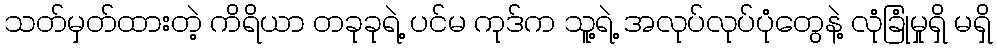
သတ်မှတ်ထားတဲ့ ကိရိယာ တခုခုရဲ့ ပင်မ ကုဒ်က သူ့ရဲ့ အလုပ်လုပ်ပုံတွေနဲ့ လုံခြုံမှုရှိ မရှိ